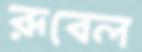
রূবেল